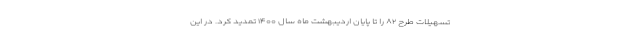
تسهیلات طرح ۸۲ را تا پایان اردیبهشت ماه سال ۱۴۰۰ تمدید کرد. در این